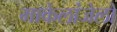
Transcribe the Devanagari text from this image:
माकेलांजेलो